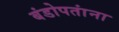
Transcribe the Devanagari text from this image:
बंडोपतांना